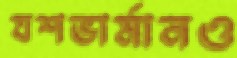
যশভার্মানও